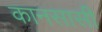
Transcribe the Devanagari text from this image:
कानसासी